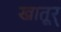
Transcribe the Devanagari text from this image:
खातूर्